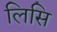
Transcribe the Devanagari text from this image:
लिसि